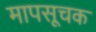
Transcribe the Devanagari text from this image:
मापसूचक